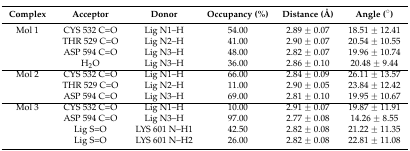
<table><thead><tr><td><b>Complex</b></td><td><b>Acceptor</b></td><td><b>Donor</b></td><td><b>Occupancy (%)</b></td><td><b>Distance (Å)</b></td><td><b>Angle (°)</b></td></tr></thead><tbody><tr><td>Mol 1</td><td>CYS 532 C=O</td><td>Lig N1–H</td><td>54.00</td><td>2.89 ± 0.07</td><td>18.51 ± 12.41</td></tr><tr><td></td><td>THR 529 C=O</td><td>Lig N2–H</td><td>41.00</td><td>2.90 ± 0.07</td><td>20.54 ± 10.55</td></tr><tr><td></td><td>ASP 594 C=O</td><td>Lig N3–H</td><td>48.00</td><td>2.82 ± 0.07</td><td>19.96 ± 10.74</td></tr><tr><td></td><td>H<sub>2</sub>O</td><td>Lig N3–H</td><td>36.00</td><td>2.86 ± 0.10</td><td>20.48 ± 9.44</td></tr><tr><td>Mol 2</td><td>CYS 532 C=O</td><td>Lig N1–H</td><td>66.00</td><td>2.84 ± 0.09</td><td>26.11 ± 13.57</td></tr><tr><td></td><td>THR 529 C=O</td><td>Lig N2–H</td><td>11.00</td><td>2.90 ± 0.05</td><td>23.84 ± 12.42</td></tr><tr><td></td><td>ASP 594 C=O</td><td>Lig N3–H</td><td>69.00</td><td>2.81 ± 0.10</td><td>19.95 ± 10.67</td></tr><tr><td>Mol 3</td><td>CYS 532 C=O</td><td>Lig N1–H</td><td>10.00</td><td>2.91 ± 0.07</td><td>19.87 ± 11.91</td></tr><tr><td></td><td>ASP 594 C=O</td><td>Lig N3–H</td><td>97.00</td><td>2.77 ± 0.08</td><td>14.26 ± 8.55</td></tr><tr><td></td><td>Lig S=O</td><td>LYS 601 N–H1</td><td>42.50</td><td>2.82 ± 0.08</td><td>21.22 ± 11.35</td></tr><tr><td></td><td>Lig S=O</td><td>LYS 601 N–H2</td><td>26.00</td><td>2.82 ± 0.08</td><td>22.81 ± 11.08</td></tr></tbody></table>